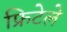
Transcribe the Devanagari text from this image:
फ्रिटेले